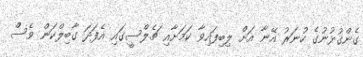
ގެންގުޅުނުގެ ހުނަރު އޭނާ އަށް ލިބިފައިވާ ކަމަށާއި ޗެލްސީގައި އެފަދަ ގާބިލްކަން ވެސް